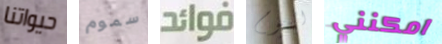
حيواتنا سموم فوائد اليوم امكنني